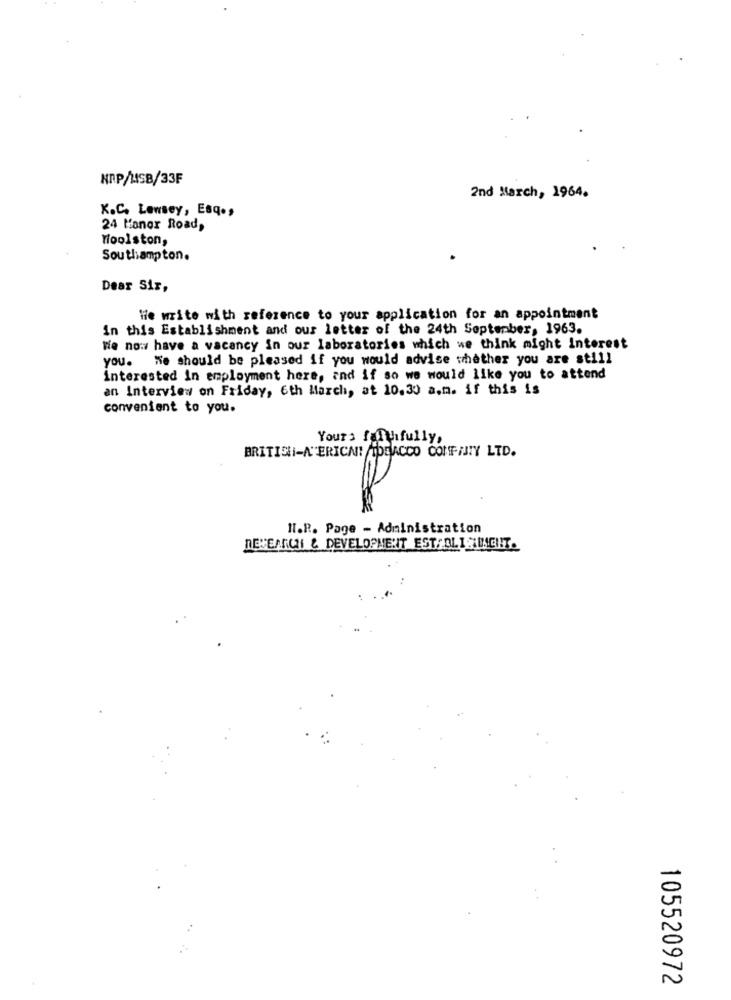
NAP/LISB/33F
2nd March, 1964.
K.C. Lowsey, Esq .,
24 Manor Road,
Woolston,
Southampton.
Dear Sir,
Wie write with reference to your application for an appointment
In this Establishment and our letter of the 24th September, 1963.
We now have a vacancy in our laboratories which we think might interest
you. We should be pleased if you would advise whether you are still
interested in employment here, and if so we would like you to attend
an Interview on Friday, 6th March, at 10.30 a.n. if this is
convenient to you.
Yours faithfully,
BRITISH-A"ERICNI IDEACCO CONFIJTY LTD.
HI.R. Page - Administration
DEVEANCI & DEVELOPMENT ESTABLISDICHT.
105520972